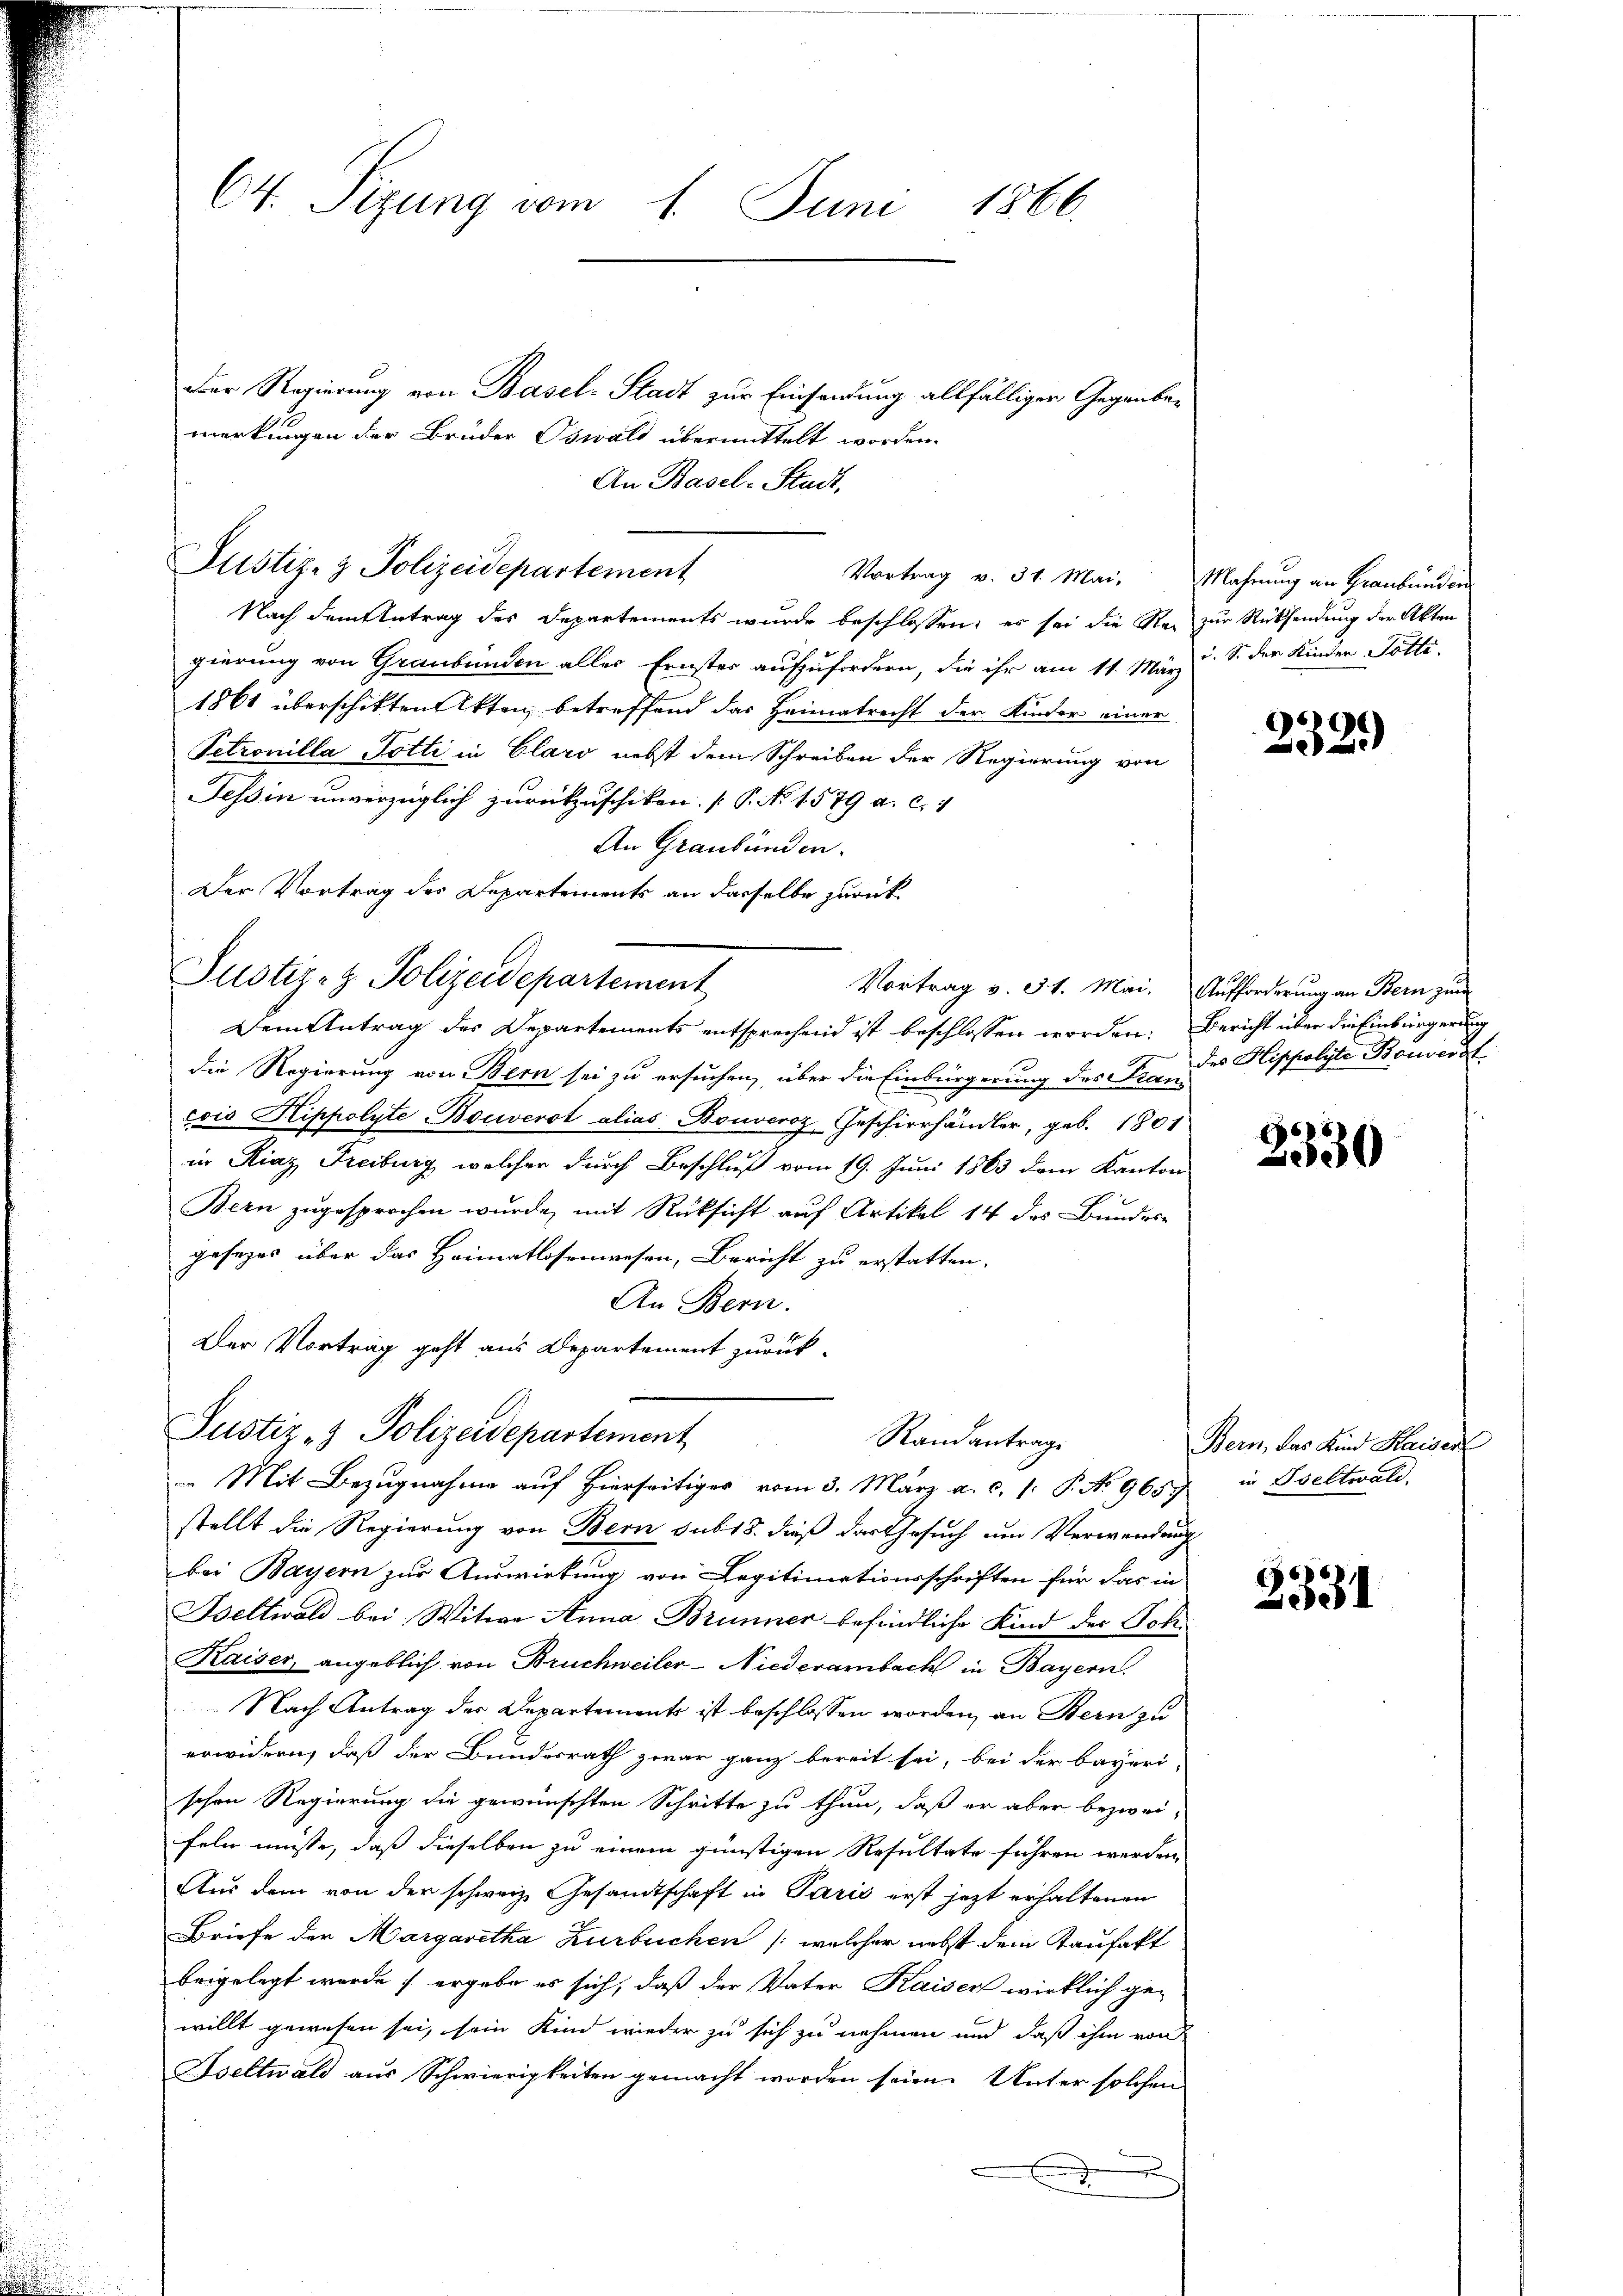
64. Sizung vom 1. Juni 1866.

Der Regierung von Basel-Stadt zur Einsendung allfälligen Gegenbemerkungen der Brüder Oswald übermittelt worden.
An Basel-Stadt,
Nach dem Antrag des Departements wurde beschlossen; es sei die Rei zur Rücksendung der Akten
gierung von Graubünden alles Ernster aufzufordern, die ihr am 11. März u. S. der Kinder Totti-
1861 überschikten Akten betreffend das Heimatrecht der Kinder einer
Petrouilla Potti in Claro nebst dem Schreiben der Regierung von
Tessin unverzüglich zurückzuschiken (P. No 1579 a. c. 1
An Graubünden.
Der Vortrag des Departements an dasselbe zurück¬
Vortrag v. 31. Mai. Aufforderung an Bern zum
Dem Antrag des Departements entsprechend ist beschlossen worden. Bericht über die Einbürgerung
die Regierung von Bern sei zu ersuchen, über die Einbürgerung des Fran-
cois Klippolyte Bouverst alias Bouveroz Geschierhändler, geb. 1801
in Riaz, Freiburg, welcher durch Beschluß vom 19. Juni 1863 dem Kanton
Bern zugesprochen wurde, mit Rücksicht auf Artikel 14 des Bundes
gesezes über das Heimatlosenwesen, Bericht zu erstatten.
An Bern.
Der Vortrag geht aus Departement zurück-
Justiz- & Polizeidepartement
Randantrage
 Mit Bezugnahme auf hierseitiger vom 3. März a. c. 1. P. No 9657 in Boeltwald
stellt die Regierung von Bern sub 18. dieß das Gesuch um Verwendung
bei Bayern zur Auswirkung von Legitimationsschriften für das in
Iseltwald bei Witwe Anna Brunner befindliche Kind der Joh.
Kaiser, angeblich von Bruchweiler-Niederambach in Bayern.
Nach Antrag der Departements ist beschlossen worden, an Bern zu
erwidern, daß der Bundesrath zwar ganz bereit sei, bei der bayeri-
schen Regierung die gewünschten Schritte zu thun, daß er aber bezweifeln müsse, daß dieselben zu einem günstigen Resultate führen werden,
Aus dem von der schweiz. Gesandtschaft in Paris erst jezt erhaltenen
Briefe der Margaretha Zurbuchen /: welcher nebst dem Kaufakt
beigelegt wurde, ergebe es sich, daß der Vater Kaiser wirklich ge-
willt gewesen sei, sein Kind wieder zu sich zu nehmen und daß ihm von
Bseltwald aus Schwierigkeiten gemacht worden seien. Unter solchen

Justiz- & Polizeidepartement

Justiz- & Polizeidepartement

Vortrag v. 31. Mai.

Mahnung an Graubünden

2529)

des Hippolyte Bonverst

2330

Bern, das Kind Kaiser

2331